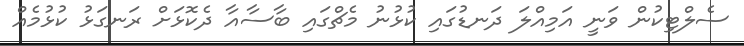
ސެލްޓިކުން ވަނީ އަމިއްލަ ދަނޑުގައި ކުޅުނު މެޗްގައި ބާސާއާ ދެކޮޅަށް ރަނގަޅު ކުޅުމެއް